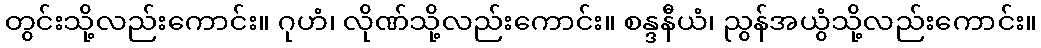
တွင်းသို့လည်းကောင်း။ ဂုဟံ၊ လိုဏ်သို့လည်းကောင်း။ စန္ဒနီယံ၊ ညွန်အယွံသို့လည်းကောင်း။